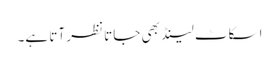
اسکاٹ لینڈ بھی جاتا نظر آتا ہے۔